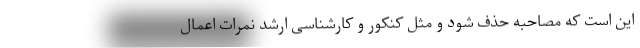
این است که مصاحبه حذف شود و مثل کنکور و کارشناسی ارشد نمرات اعمال